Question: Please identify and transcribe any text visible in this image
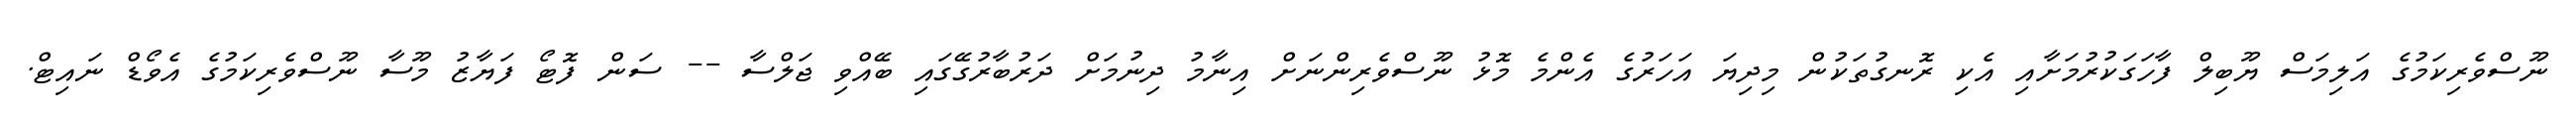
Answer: ނޫސްވެރިކަމުގެ އަލިމަސް ޔޫބިލް ފާހަގަކުރުމަށާއި އެކި ރޮނގުތަކުން މިދިޔަ އަހަރުގެ އެންމެ މޮޅު ނޫސްވެރިންނަށް އިނާމު ދިނުމަށް ދަރުބާރުގޭގައި ބޭއްވި ޖަލްސާ -- ސަން ފޮޓޯ ފަޔާޒު މޫސާ ނޫސްވެރިކަމުގެ އެވޯޑް ނައިޓް.